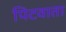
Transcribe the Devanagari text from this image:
पिटवाता